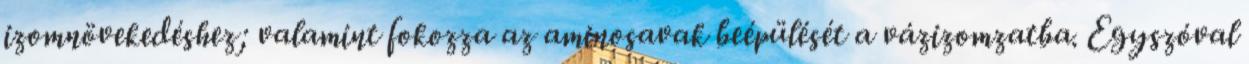
izomnövekedéshez; valamint fokozza az aminosavak beépülését a vázizomzatba. Egyszóval